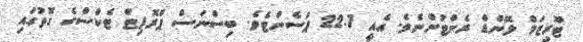
ޓޫރިޒަމް ލޭންޑް ރެންޓުންނެވެ. އެއީ 22.7 ޕަސެންޓެވެ. ބިސްނަސް ޕްރޮފިޓް ޓެކްސްގެ ގޮތުގައި